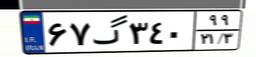
۶۷گ۳۴۰۹۹